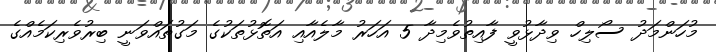
މުހަންމަދު ސޯލިހް ވިދާޅުވީ ފާއިތުވެމިދާ 5 އަހަރު މާލެއާއި އަތޮޅުތަކުގެ މަގުތައްވަނީ ބިރުވެރިކަމެއްގެ